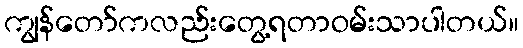
ကျွန်တော်ကလည်းတွေ့ရတာဝမ်းသာပါတယ်။